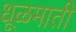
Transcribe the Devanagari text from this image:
धूळमाती